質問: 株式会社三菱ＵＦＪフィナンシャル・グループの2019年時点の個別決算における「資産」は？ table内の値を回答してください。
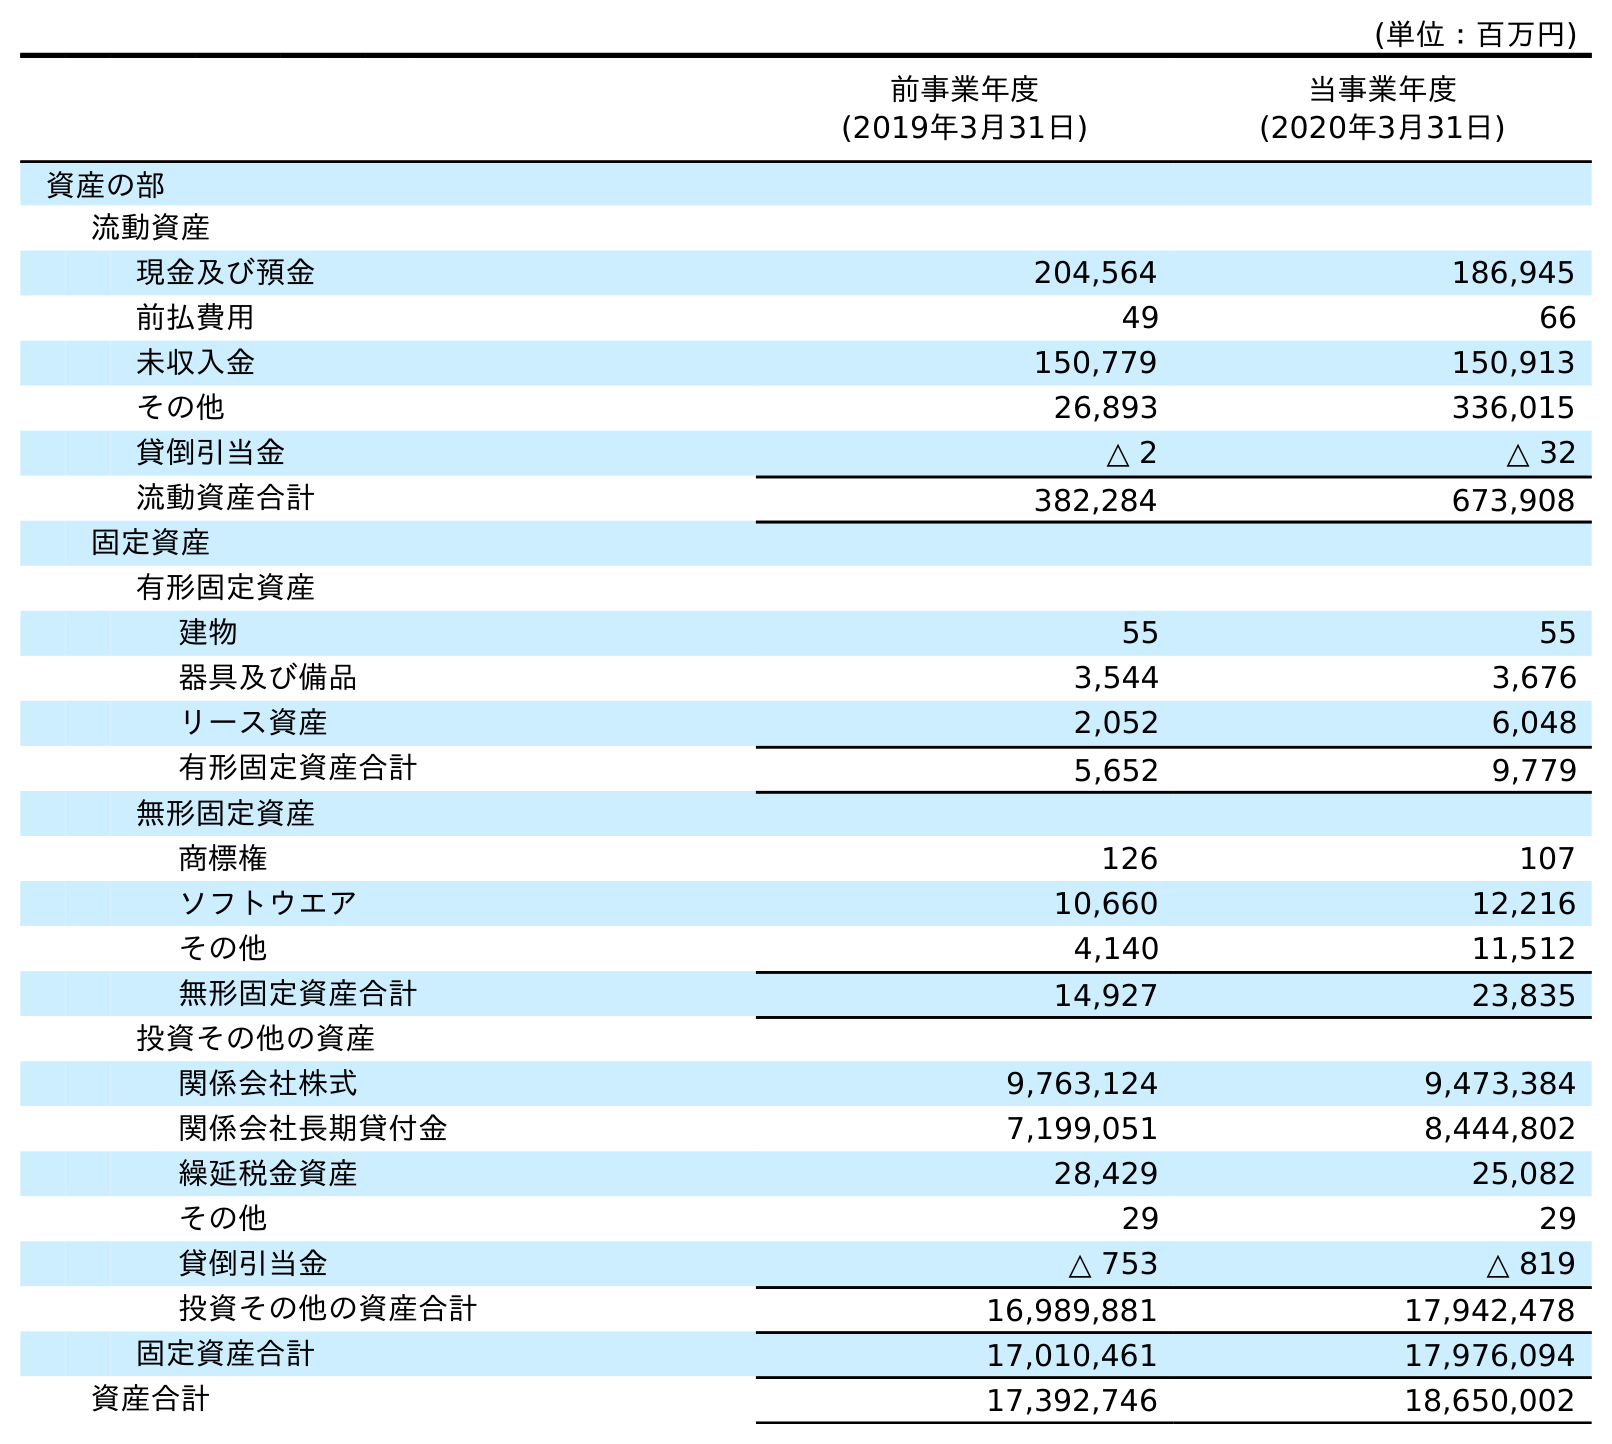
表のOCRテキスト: (単位：百万円) 前事業年度 (2019年3月31日) 当事業年度 (2020年3月31日) 資産の部 流動資産 現金及び預金 204,564 186,945 前払費用 49 66 未収入金 150,779 150,913 その他 26,893 336,015 貸倒引当金 △ 2 △ 32 流動資産合計 382,284 673,908 固定資産 有形固定資産 建物 55 55 器具及び備品 3,544 3,676 リース資産 2,052 6,048 有形固定資産合計 5,652 9,779 無形固定資産 商標権 126 107 ソフトウエア 10,660 12,216 その他 4,140 11,512 無形固定資産合計 14,927 23,835 投資その他の資産 関係会社株式 9,763,124 9,473,384 関係会社長期貸付金 7,199,051 8,444,802 繰延税金資産 28,429 25,082 その他 29 29 貸倒引当金 △ 753 △ 819 投資その他の資産合計 16,989,881 17,942,478 固定資産合計 17,010,461 17,976,094 資産合計 17,392,746 18,650,002
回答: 17,392,746